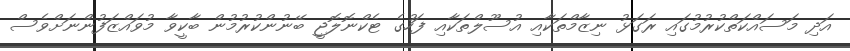
އަދި މަސައްކަތްކުރުމުގައި ރަގަޅު ނިޒާމްތަކާއި އުސޫލްތަކާއި ފަހުގެ ޓެކްނޮލޮޖީ ބޭނުންކުރުމުން ބާކީވާ މުވައްޒަފުންނަށްވެސް